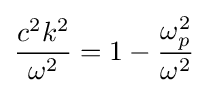
{\frac {c^{2}k^{2}}{\omega ^{2}}}=1-{\frac {\omega _{p}^{2}}{\omega ^{2}}}